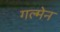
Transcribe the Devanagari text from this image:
गल्मेन